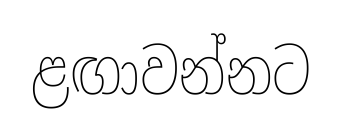
ළඟාවන්නට